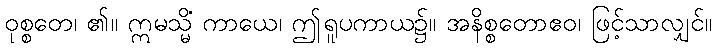
ဝုစ္စတေ၊ ၏။ ဣမသ္မိံ ကာယေ၊ ဤရူပကာယ၌။ အနိစ္စတောဧဝ၊ ဖြင့်သာလျှင်။